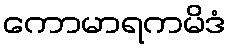
ကောမာရကမိဒံ